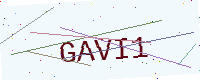
Text: GAVI1